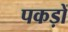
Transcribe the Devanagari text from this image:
पकड़ों